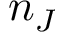
n _ { J }